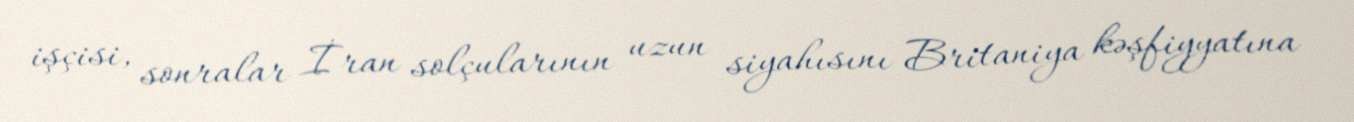
işçisi, sonralar İran solçularının uzun siyahısını Britaniya kəşfiyyatına